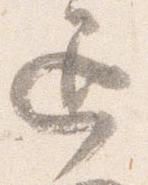
退